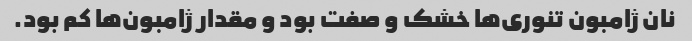
نان ژامبون تنوری‌ها خشک و صفت بود و مقدار ژامبون‌ها کم بود.